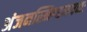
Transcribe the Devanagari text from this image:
अंजनस्निग्धनयनः